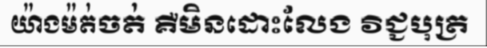
យ៉ាងម៉ត់ចត់ គឺមិនដោះលែង វិជ្ជបុត្រ